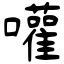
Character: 嚾